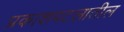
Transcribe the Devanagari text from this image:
प्रकाशपटलातील